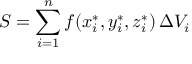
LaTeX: S = \sum _ { i = 1 } ^ { n } f ( x _ { i } ^ { * } , y _ { i } ^ { * } , z _ { i } ^ { * } ) \, \Delta V _ { i }